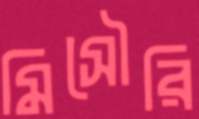
মিসৌরি